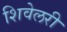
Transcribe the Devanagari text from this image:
शिवेलरी